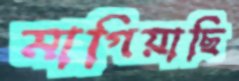
মাগিয়াছি